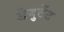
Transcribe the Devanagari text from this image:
डेबुटेंट